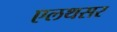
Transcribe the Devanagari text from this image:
एलथसर